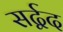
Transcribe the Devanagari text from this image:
सर्द्वद